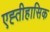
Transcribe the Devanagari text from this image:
एह्तीहासिक